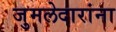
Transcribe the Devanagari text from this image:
जुमलेदारांना